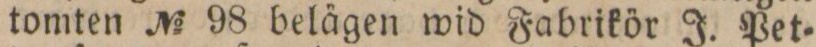
tomten No 98 belägen wid Fabrikör J. Pet=